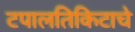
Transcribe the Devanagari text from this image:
टपालतिकिटाचे